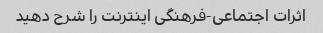
اثرات اجتماعی-فرهنگی اینترنت را شرح دهید